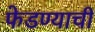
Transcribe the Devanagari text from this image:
फेडण्याची